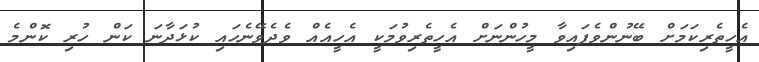
އެހީތެރިކަމަށް ބޭނުންވެފައިވާ މީހުންނަށް އެހީތެރިވުމަކީ އެހީއެއް ވެދެވޭނެހައި ކުޅަދާނަ ކަން ހުރި ކޮންމެ